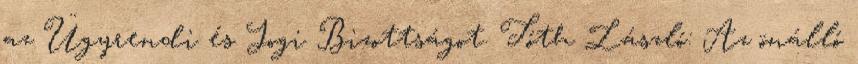
az Ügyrendi és Jogi Bizottságot. Tóth László: Az önálló